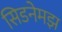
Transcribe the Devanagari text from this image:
सिडनेमझ